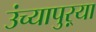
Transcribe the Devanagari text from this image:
उंच्यापुऱ्या